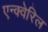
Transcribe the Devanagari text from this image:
एन्क्वेरिल